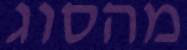
מהסוג